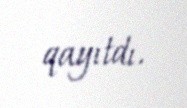
qayıtdı.